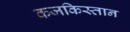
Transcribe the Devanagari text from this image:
कजकिस्तान